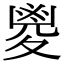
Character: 𡕰